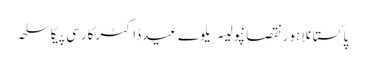
پاکستانلاہورنقصانپولیسریلوےعیدڈاکٹرکارسی پیکاسلحہ